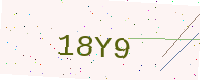
Text: 18Y9